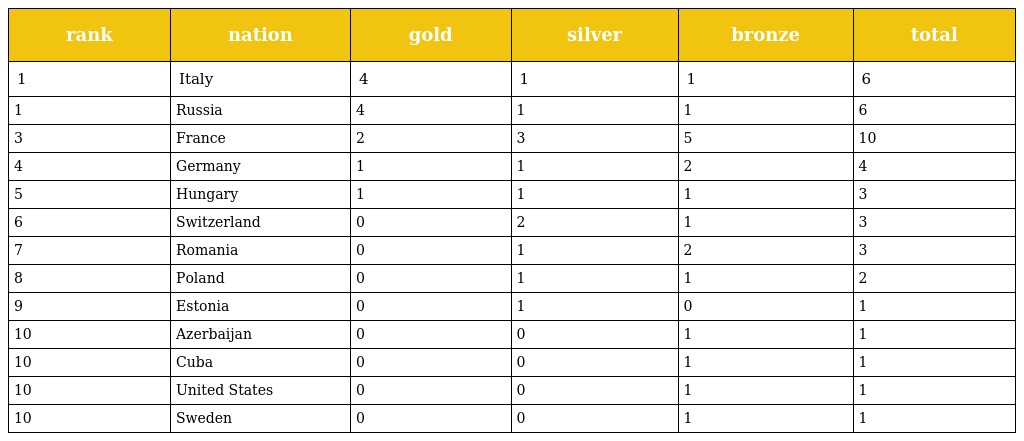
| rank | nation | gold | silver | bronze | total |
 | --- | --- | --- | --- | --- | --- |
 | 1 | Italy | 4 | 1 | 1 | 6 |
 | 1 | Russia | 4 | 1 | 1 | 6 |
 | 3 | France | 2 | 3 | 5 | 10 |
 | 4 | Germany | 1 | 1 | 2 | 4 |
 | 5 | Hungary | 1 | 1 | 1 | 3 |
 | 6 | Switzerland | 0 | 2 | 1 | 3 |
 | 7 | Romania | 0 | 1 | 2 | 3 |
 | 8 | Poland | 0 | 1 | 1 | 2 |
 | 9 | Estonia | 0 | 1 | 0 | 1 |
 | 10 | Azerbaijan | 0 | 0 | 1 | 1 |
 | 10 | Cuba | 0 | 0 | 1 | 1 |
 | 10 | United States | 0 | 0 | 1 | 1 |
 | 10 | Sweden | 0 | 0 | 1 | 1 |